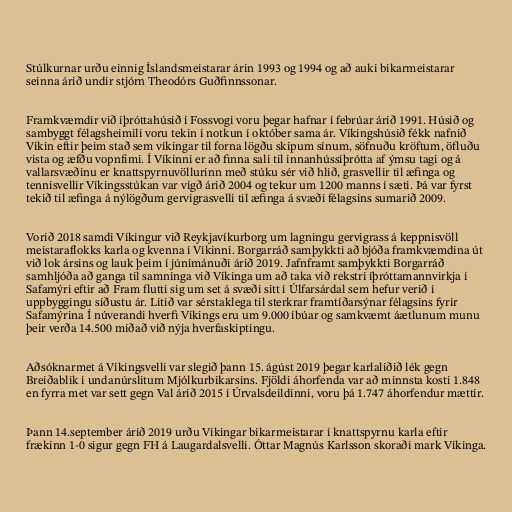
Stúlkurnar urðu einnig Íslandsmeistarar árin 1993 og 1994 og að auki bikarmeistarar
seinna árið undir stjórn Theodórs Guðfinnssonar.

Framkvæmdir við íþróttahúsið í Fossvogi voru þegar hafnar í febrúar árið 1991. Húsið og
sambyggt félagsheimili voru tekin í notkun í október sama ár. Víkingshúsið fékk nafnið
Víkin eftir þeim stað sem víkingar til forna lögðu skipum sínum, söfnuðu kröftum, öfluðu
vista og æfðu vopnfimi. Í Víkinni er að finna sali til innanhússíþrótta af ýmsu tagi og á
vallarsvæðinu er knattspyrnuvöllurinn með stúku sér við hlið, grasvellir til æfinga og
tennisvellir Víkingsstúkan var vígð árið 2004 og tekur um 1200 manns í sæti. Þá var fyrst
tekið til æfinga á nýlögðum gervigrasvelli til æfinga á svæði félagsins sumarið 2009.

Vorið 2018 samdi Víkingur við Reykjavíkurborg um lagningu gervigrass á keppnisvöll
meistaraflokks karla og kvenna í Víkinni. Borgarráð samþykkti að bjóða framkvæmdina út
við lok ársins og lauk þeim í júnímánuði árið 2019. Jafnframt samþykkti Borgarráð
sam­hljóða að ganga til samn­inga við Vík­inga um að taka við rekstri íþrótta­mann­virkja í
Safa­mýri eftir að Fram flutti sig um set á svæði sitt í Úlfarsárdal sem hefur verið í
uppbyggingu síðustu ár. Litið var sérstaklega til sterkr­ar framtíðar­sýn­ar fé­lags­ins fyr­ir
Safa­mýr­ina Í nú­ver­andi hverfi Vík­ings eru um 9.000 íbú­ar og sam­kvæmt áætl­un­um munu
þeir verða 14.500 miðað við nýja hverfa­skipt­ingu.

Aðsóknarmet á Víkingsvelli var slegið þann 15. ágúst 2019 þegar karlaliðið lék gegn
Breiðablik í undanúrslitum Mjólkurbikarsins. Fjöldi áhorfenda var að minnsta kosti 1.848
en fyrra met var sett gegn Val árið 2015 í Úrvalsdeildinni, voru þá 1.747 áhorfendur mættir.

Þann 14.september árið 2019 urðu Víkingar bikarmeistarar í knattspyrnu karla eftir
frækinn 1-0 sigur gegn FH á Laugardalsvelli. Óttar Magnús Karlsson skoraði mark Víkinga.